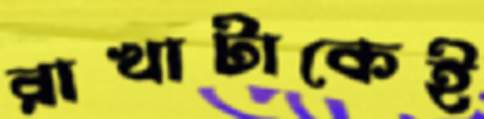
রাখাটাকেই